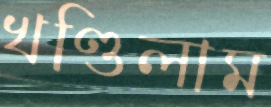
খণ্ডিলাম